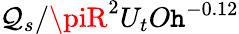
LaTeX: \mathcal{Q}_{s}/\piR^{2}U_{t}O\mathtt{h}^{-0.12}